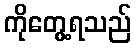
ကိုတွေ့ရသည်